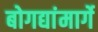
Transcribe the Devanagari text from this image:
बोगद्यांमार्गे